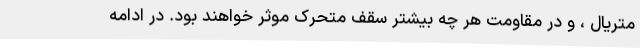
متریال ، و در مقاومت هر چه بیشتر سقف متحرک موثر خواهند بود. در ادامه